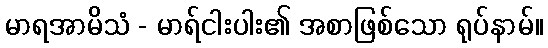
မာရအာမိသံ - မာရ်ငါးပါး၏ အစာဖြစ်သော ရုပ်နာမ်။